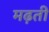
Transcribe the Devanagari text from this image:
मढ़ती